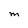
Character: M